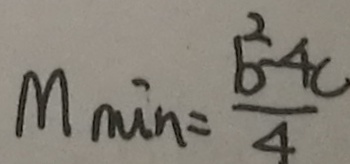
M _ { \min } = \frac { b ^ { 2 } - 4 c } { 4 }